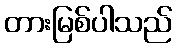
တားမြစ်ပါသည်